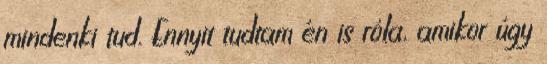
mindenki tud. Ennyit tudtam én is róla, amikor úgy